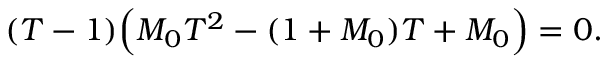
( T - 1 ) \Bigl ( M _ { 0 } T ^ { 2 } - ( 1 + M _ { 0 } ) T + M _ { 0 } \Bigr ) = 0 .